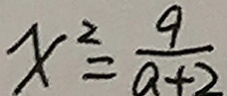
x ^ { 2 } = \frac { 9 } { a + 2 }